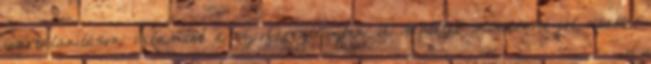
ivartalanításon, valamint a szívféregteszten. A műtétet mindenki jól viselte,